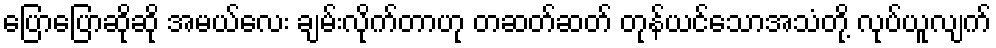
ပြောပြောဆိုဆို အမယ်လေး ချမ်းလိုက်တာဟု တဆတ်ဆတ် တုန်ယင်သောအသံတို့ လုပ်ယူလျက်